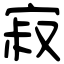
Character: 寂